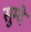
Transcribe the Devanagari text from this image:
सुम्दे